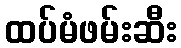
ထပ်မံဖမ်းဆီး